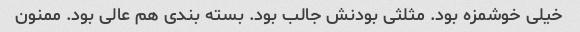
خیلی خوشمزه بود. مثلثی بودنش جالب بود. بسته بندی هم عالی بود. ممنون